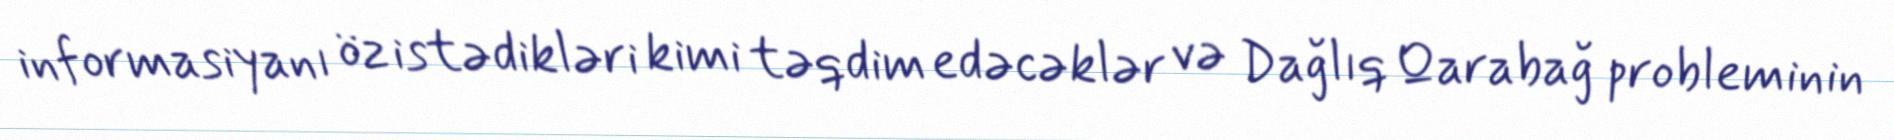
informasiyanı öz istədikləri kimi təqdim edəcəklər və Dağlıq Qarabağ probleminin